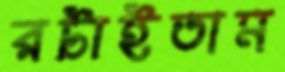
রটাইতাম